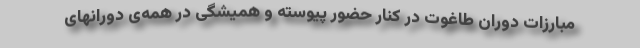
مبارزات دوران طاغوت در کنار حضور پیوسته و همیشگی در همه‌ی دورانهای